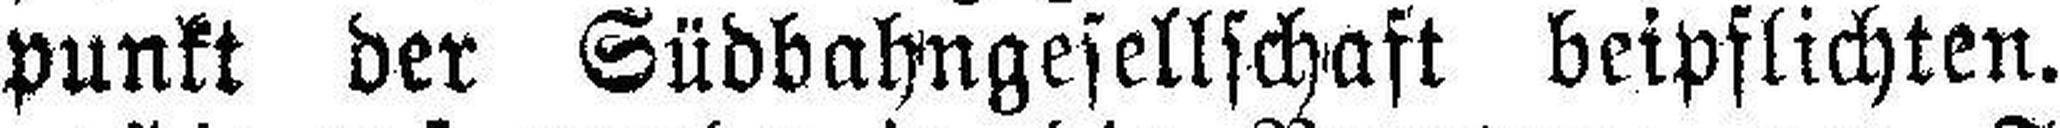
punkt der Südbahngesellschaft beipflichten.